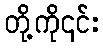
တို့ကို၎င်း